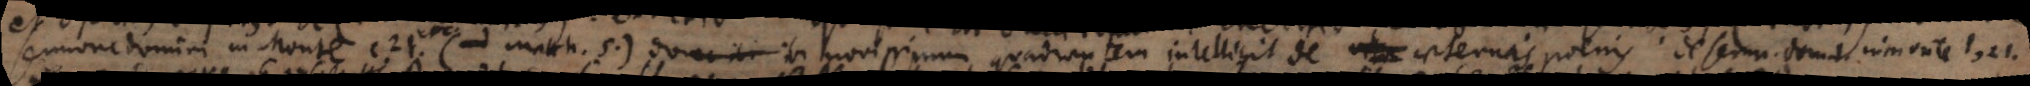
sermone Domini in monte c. 21. (ad Matth. 5.) ibi novissimum quadrantem intelligit de aeternis poenis _